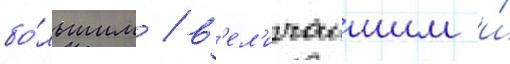
бо́льшим / в'ел'ичаишим и́